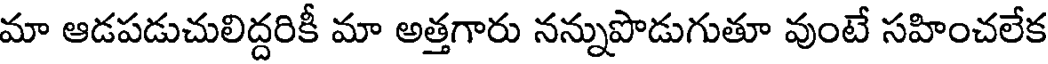
మా ఆడపడుచులిద్దరికీ మా అత్తగారు నన్నుపొడుగుతూ వుంటే సహించలేక